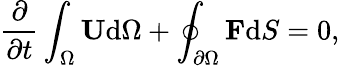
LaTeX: \frac{\partial}{\partial t}\int_{\Omega}\mathbf{U}\mathrm{{d}}{\Omega}+\oint_{\partial\Omega}{\mathbf{F}}\mathrm{{d}}S=0,